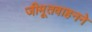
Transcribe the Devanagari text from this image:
जीमूतवाहनने